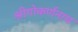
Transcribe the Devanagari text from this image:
श्रीगोकर्णनाथ